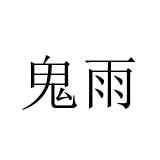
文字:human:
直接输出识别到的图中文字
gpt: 鬼雨